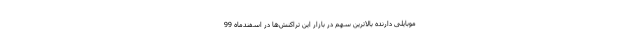
موبایلی دارنده بالاترین سهم در بازار این تراکنش‌ها در اسفندماه 99